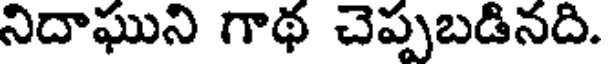
నిదాఘుని గాథ చెప్పబడినది.